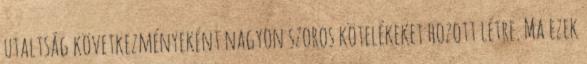
utaltság következményeként nagyon szoros kötelékeket hozott létre. Ma ezek